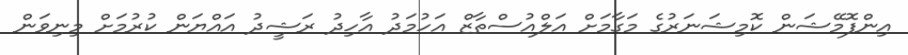
އިންފޮމޭޝަން ކޮމިޝަނަރުގެ މަގާމަށް އަލްއުސްތާޒް އަހުމަދު އާހިދު ރަޝީދު އައްޔަން ކުރުމަށް މިނިވަން